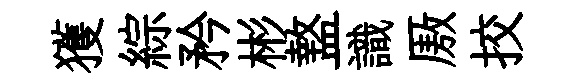
獲綜矜彬盩識厫挍